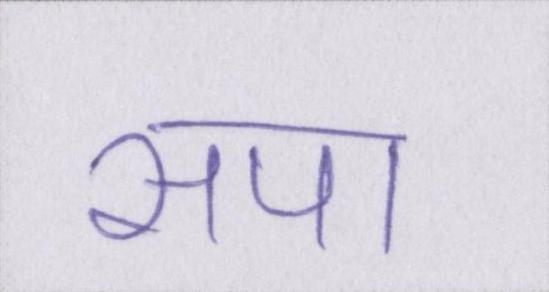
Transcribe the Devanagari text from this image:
सपा